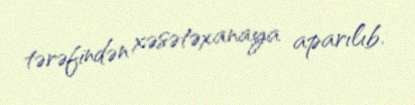
tərəfindən xəsətəxanaya aparılıb.